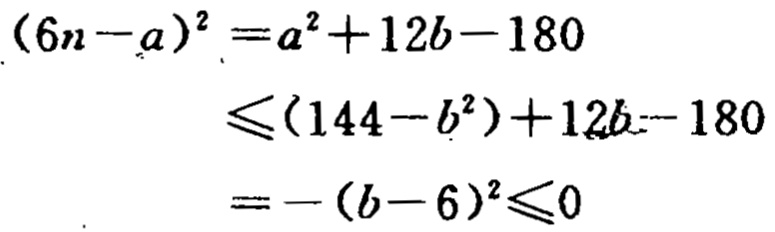
\((6n - a)^2 = a^2 + 12b - 180\)

\(\leq (144 - b^2)+12b - 180\)

\(=-(b - 6)^2\leq0\)